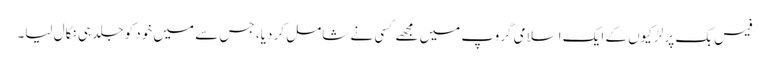
فیس بک پر لڑکیوں کے ایک اسلامی گروپ میں مجھے کسی نے شامل کر دیا، جس سے میں خود کو جلد ہی نکال لیا۔